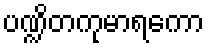
ပဏ္ဍိတကုမာရကော